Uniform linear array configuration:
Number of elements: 48
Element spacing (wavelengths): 0.25
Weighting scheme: uniform
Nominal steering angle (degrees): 15
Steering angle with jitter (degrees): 13.448
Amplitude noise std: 0.05
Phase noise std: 0.05

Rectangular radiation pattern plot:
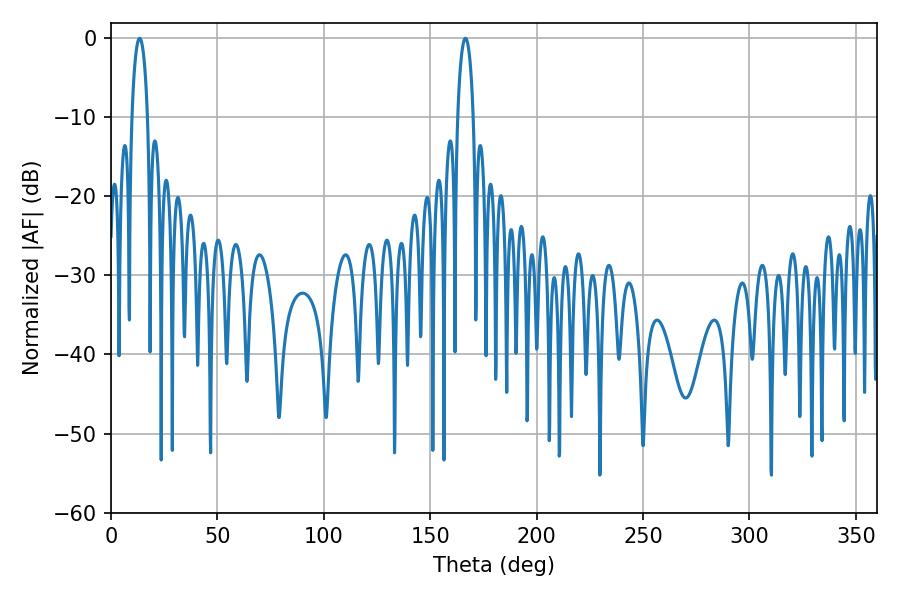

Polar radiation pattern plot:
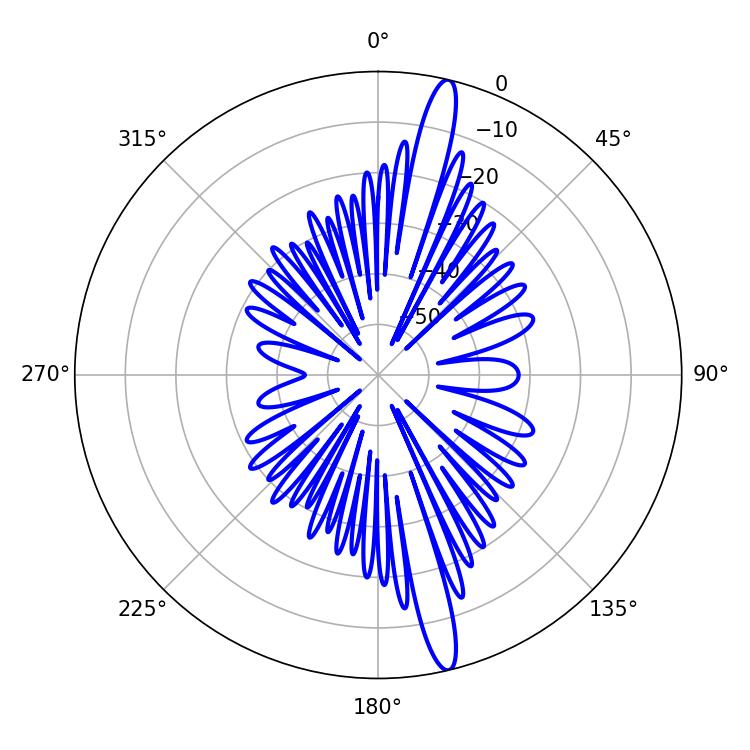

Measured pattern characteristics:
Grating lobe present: FALSE
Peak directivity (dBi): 17.003
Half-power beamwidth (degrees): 4.14
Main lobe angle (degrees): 13.5